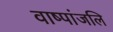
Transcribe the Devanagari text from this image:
वाष्पांजलि